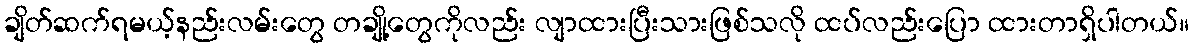
ချိတ်ဆက်ရမယ့်နည်းလမ်းတွေ တချို့တွေကိုလည်း လျာထားပြီးသားဖြစ်သလို ထပ်လည်းပြော ထားတာရှိပါတယ်။